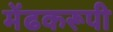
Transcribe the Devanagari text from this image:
मेंढकरूपी